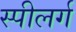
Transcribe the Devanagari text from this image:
स्पीलर्ग